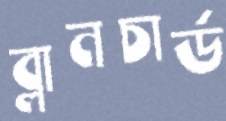
ব্লানচার্ড